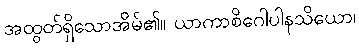
အထွတ်ရှိသောအိမ်၏။ ယာကာစိဂေါပါနသိယော၊